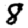
Digit: 8